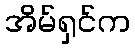
အိမ်ရှင်က